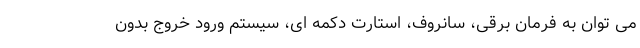
می توان به فرمان برقی، سانروف، استارت دکمه ای، سیستم ورود خروج بدون